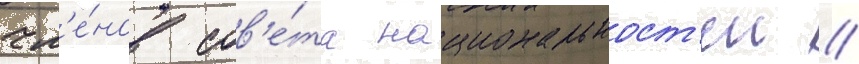
чл'е́нов сов'е́та национальност'еи //